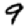
Digit: 9